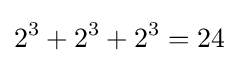
2^{3}+2^{3}+2^{3}=24